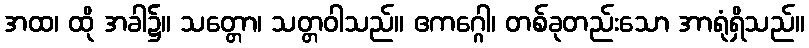
အထ၊ ထို အခါ၌။ သတ္တော၊ သတ္တဝါသည်။ ဧကဂ္ဂေါ၊ တစ်ခုတည်းသော အာရုံရှိသည်။